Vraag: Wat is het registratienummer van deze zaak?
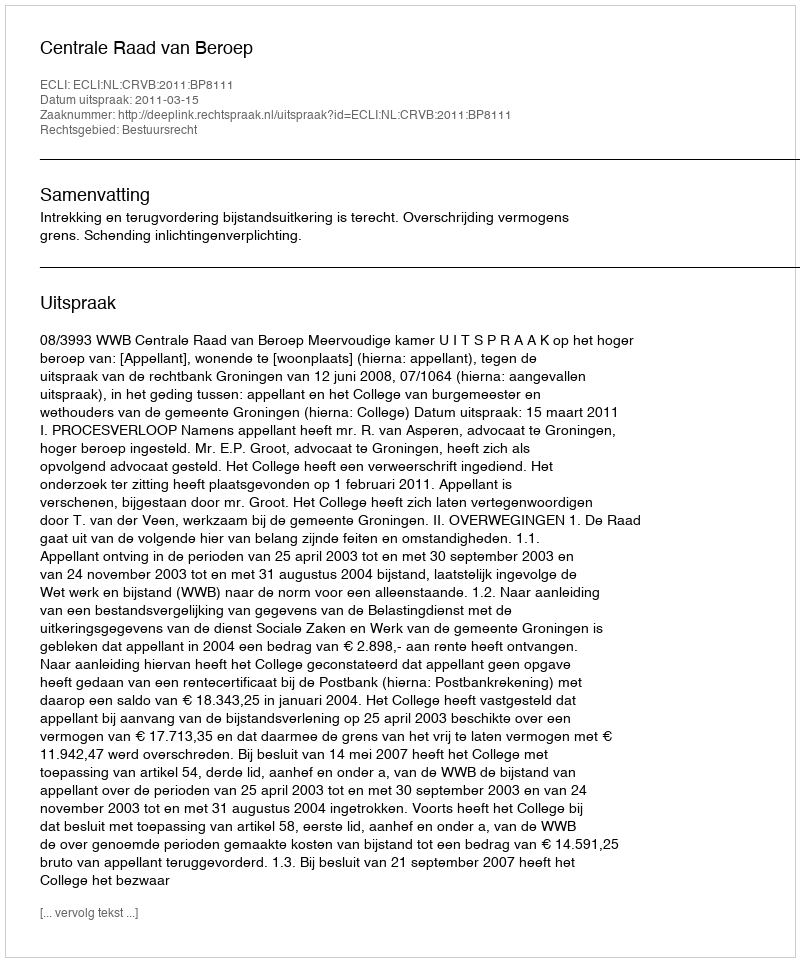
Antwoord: http://deeplink.rechtspraak.nl/uitspraak?id=ECLI:NL:CRVB:2011:BP8111